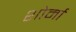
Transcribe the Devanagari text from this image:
शोर्मा